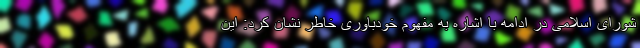
شورای اسلامی در ادامه با اشاره به مفهوم خودباوری خاطر نشان کرد: این